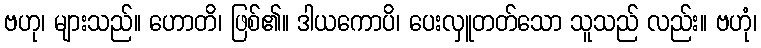
ဗဟု၊ များသည်။ ဟောတိ၊ ဖြစ်၏။ ဒါယကောပိ၊ ပေးလှူတတ်သော သူသည် လည်း။ ဗဟုံ၊